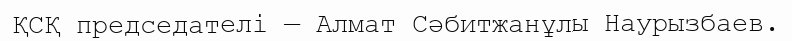
ҚСҚ председателі — Алмат Сәбитжанұлы Наурызбаев.